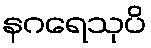
နဂရေသုပိ